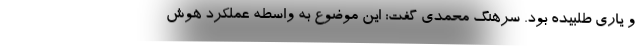
و یاری طلبیده بود. سرهنگ محمدی گفت: این موضوع به واسطه عملکرد هوش